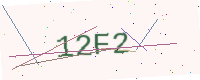
Text: 12F2